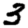
Digit: 3